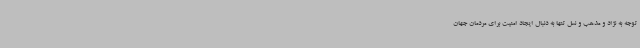
توجه به نژاد و مذهب و نسل تنها به دنبال ایجاد امنیت برای مردمان جهان